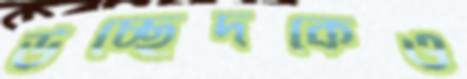
উচ্ছেদকেও